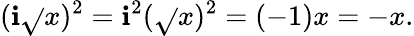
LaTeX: (\mathbf{i}{\sqrt{}{{x}}})^{2}=\mathbf{i}^{2}({\sqrt{}{{x}}})^{2}=(-1)x=-x.